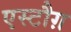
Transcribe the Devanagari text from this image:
एस्टौग़